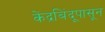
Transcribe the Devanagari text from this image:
केंद्रबिंदूपासून